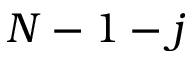
N - 1 - j